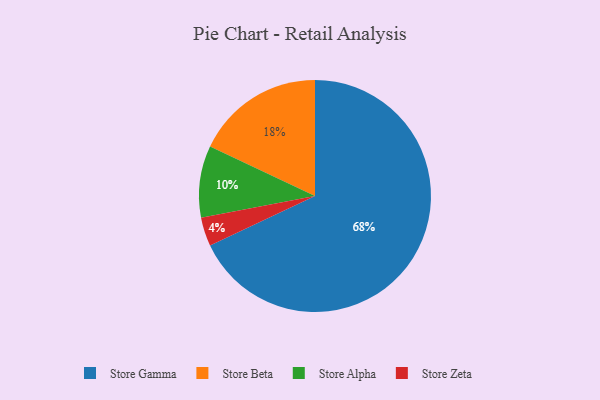
{"axis": {"x": "Category", "y": "Percentage"}, "legend": ["Store Alpha", "Store Beta", "Store Gamma", "Store Zeta"], "data": [{"x": "Store Alpha", "y": 10, "type": "Store Alpha"}, {"x": "Store Zeta", "y": 4, "type": "Store Zeta"}, {"x": "Store Beta", "y": 18, "type": "Store Beta"}, {"x": "Store Gamma", "y": 68, "type": "Store Gamma"}]}